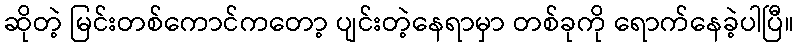
ဆိုတဲ့ မြင်းတစ်ကောင်ကတော့ ပျင်းတဲ့နေရာမှာ တစ်ခုကို ရောက်နေခဲ့ပါပြီ။